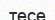
тесе